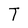
Character: T